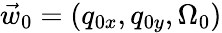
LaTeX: \vec{w}_{0}=(q_{0x},q_{0y},\Omega_{0})